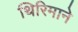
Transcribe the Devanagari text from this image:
थिरिमाने